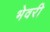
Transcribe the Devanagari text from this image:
भेवरी